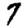
Digit: 7